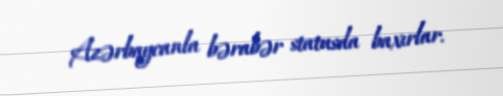
Azərbaycanla bərabər statusda baxırlar.